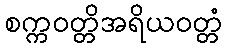
စက္ကဝတ္တိအရိယဝတ္တံ